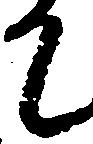
て